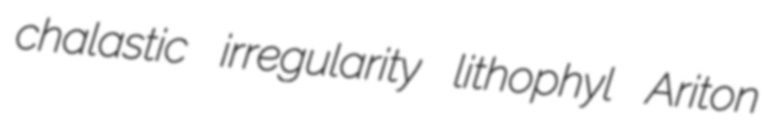
chalastic irregularity lithophyl Ariton